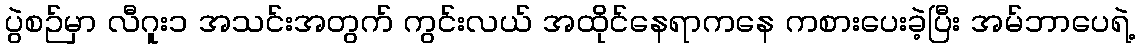
ပွဲစဉ်မှာ လီဂူး၁ အသင်းအတွက် ကွင်းလယ် အထိုင်နေရာကနေ ကစားပေးခဲ့ပြီး အမ်ဘာပေရဲ့